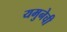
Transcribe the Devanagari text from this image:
यमुनेची